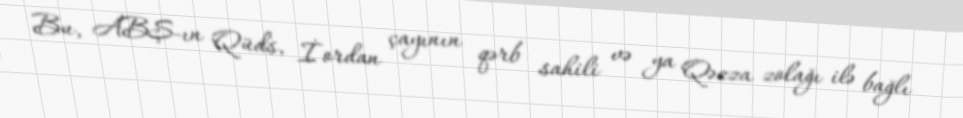
Bu, ABŞ-ın Qüds, İordan çayının qərb sahili və ya Qəzza zolağı ilə bağlı